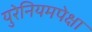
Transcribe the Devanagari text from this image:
युरेनियमपेक्षा